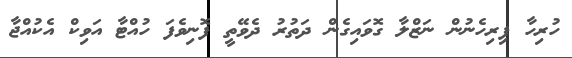
ހުރިހާ ފިރިހެނުން ނަޒްލާ ގޮވައިގެން ދަތުރު ދެވޭތީ ފޮނިވެފަ ހުއްޓާ އަވިކް އެކުއްޖާ